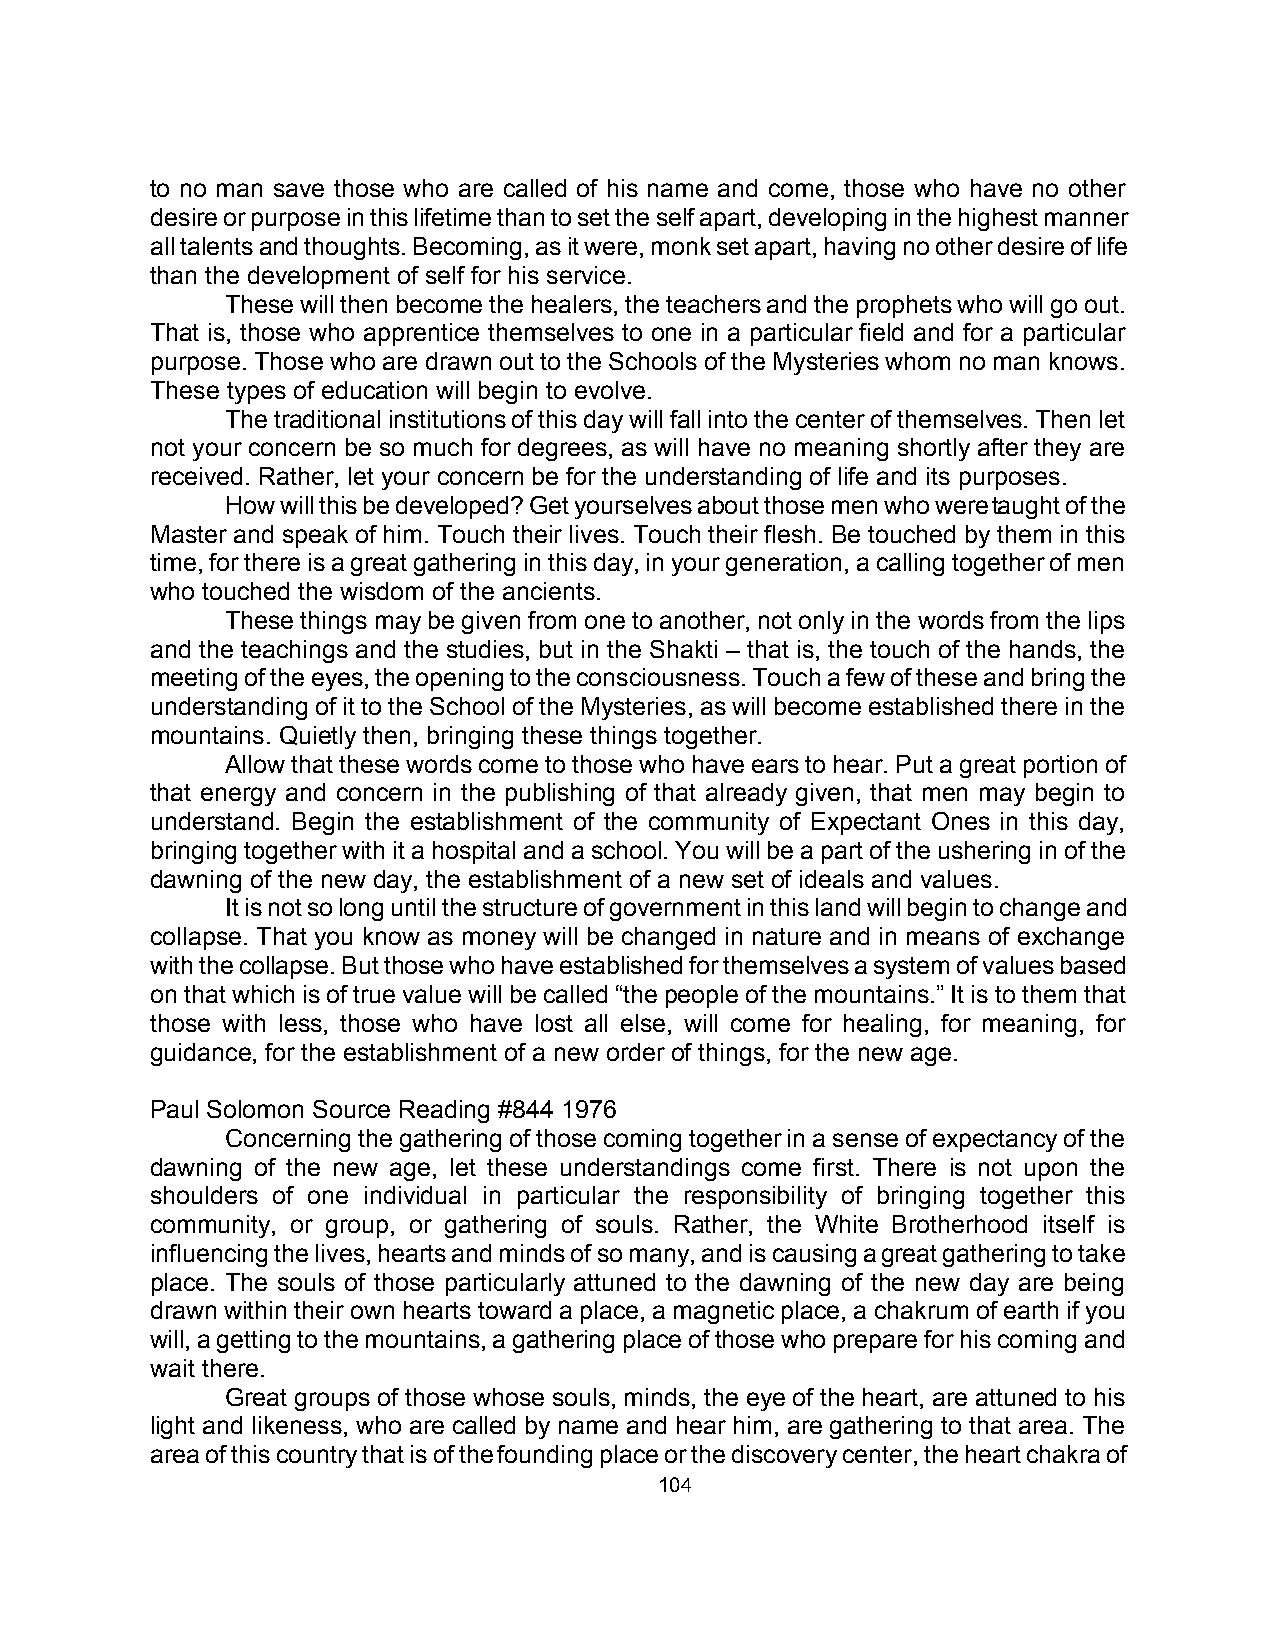
to no man save those who are called of his name and come, those who have no other
 desire or purpose in this lifetime than to set the self apart, developing in the highest manner
 all talents and thoughts. Becoming, as it were, monk set apart, having no other desire of life
 than the development of self for his service.
 These will then become the healers, the teachers and the prophets who will go out.
 That is, those who apprentice themselves to one in a particular field and for a particular
 purpose. Those who are drawn out to the Schools of the Mysteries whom no man knows.
 These types of education will begin to evolve.
 The traditional institutions of this day will fall into the center of themselves. Then let
 not your concern be so much for degrees, as will have no meaning shortly after they are
 received. Rather, let your concern be for the understanding of life and its purposes.
 How will this be developed? Get yourselves about those men who were taught of the
 Master and speak of him. Touch their lives. Touch their flesh. Be touched by them in this
 time, for there is a great gathering in this day, in your generation, a calling together of men
 who touched the wisdom of the ancients.
 These things may be given from one to another, not only in the words from the lips
 and the teachings and the studies, but in the Shakti – that is, the touch of the hands, the
 meeting of the eyes, the opening to the consciousness. Touch a few of these and bring the
 understanding of it to the School of the Mysteries, as will become established there in the
 mountains. Quietly then, bringing these things together.
 Allow that these words come to those who have ears to hear. Put a great portion of
 that energy and concern in the publishing of that already given, that men may begin to
 understand. Begin the establishment of the community of Expectant Ones in this day,
 bringing together with it a hospital and a school. You will be a part of the ushering in of the
 dawning of the new day, the establishment of a new set of ideals and values.
 It is not so long until the structure of government in this land will begin to change and
 collapse. That you know as money will be changed in nature and in means of exchange
 with the collapse. But those who have established for themselves a system of values based
 on that which is of true value will be called “the people of the mountains.” It is to them that
 those with less, those who have lost all else, will come for healing, for meaning, for
 guidance, for the establishment of a new order of things, for the new age.
 Paul Solomon Source Reading #844 1976
 Concerning the gathering of those coming together in a sense of expectancy of the
 dawning of the new age, let these understandings come first. There is not upon the
 shoulders of one individual in particular the responsibility of bringing together this
 community, or group, or gathering of souls. Rather, the White Brotherhood itself is
 influencing the lives, hearts and minds of so many, and is causing a great gathering to take
 place. The souls of those particularly attuned to the dawning of the new day are being
 drawn within their own hearts toward a place, a magnetic place, a chakrum of earth if you
 will, a getting to the mountains, a gathering place of those who prepare for his coming and
 wait there.
 Great groups of those whose souls, minds, the eye of the heart, are attuned to his
 light and likeness, who are called by name and hear him, are gathering to that area. The
 area of this country that is of the founding place or the discovery center, the heart chakra of
 104